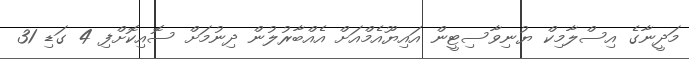
މަދީނާގެ އިސްލާމިކް ޔުނިވާސިޓީން އައިޔޫއެމްއަށް އެއްބާރުލުން ދިނުމަށް ސޮއިކޮށްފި 4 ގަޑި 31